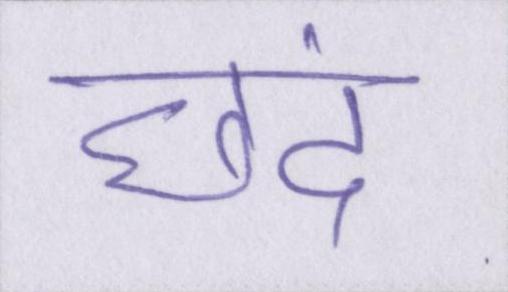
छंद